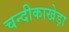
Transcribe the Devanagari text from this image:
चन्दीकाखेड़ा